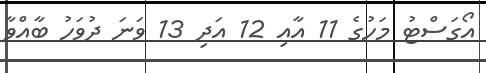
އޯގަސްޓު މަހުގެ 11 އާއި 12 އަދި 13 ވަނަ ދުވަހު ބާއްވާ